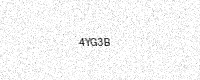
Text: 4YG3B